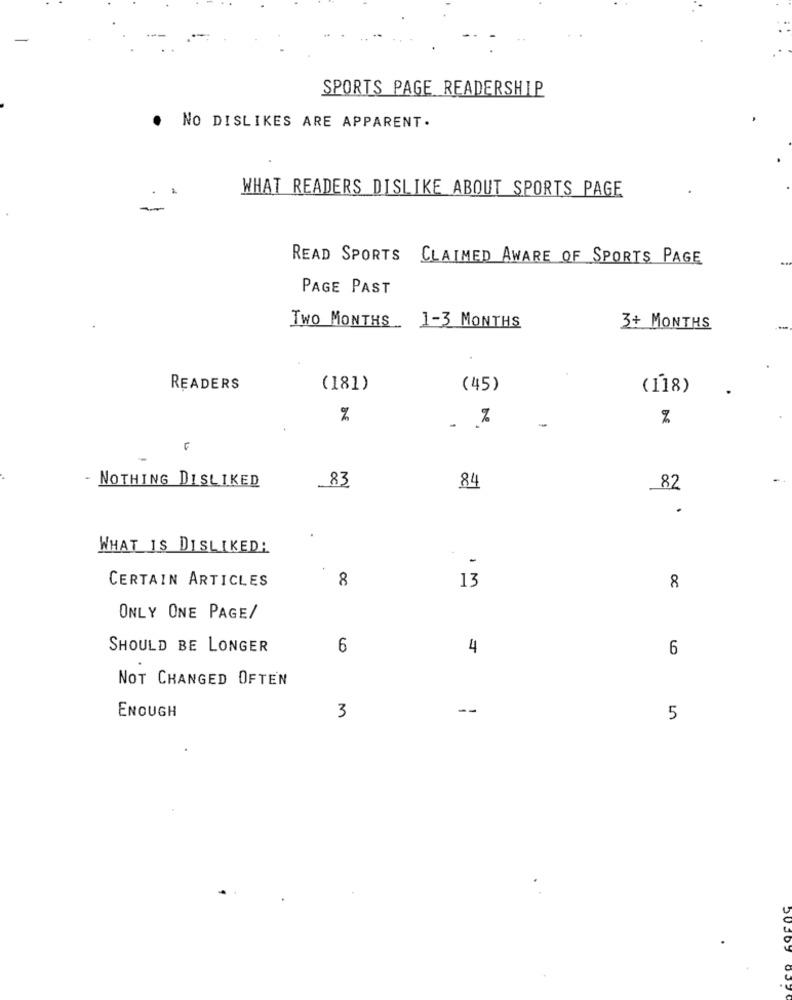
SPORTS PAGE READERSHIP
. NO DISLIKES ARE APPARENT.
WHAT READERS DISLIKE ABOUT SPORTS PAGE
READ SPORTS CLAIMED AWARE OF SPORTS PAGE
PAGE PAST
TWO MONTHS 1-3 MONTHS
3+ MONTHS
READERS
(181)
(45)
(118)
%
NOTHING DISLIKED
83
84
82
.
WHAT IS DISLIKED!
CERTAIN ARTICLES
8
13
8
ONLY ONE PAGE/
SHOULD BE LONGER
6
4
6
NOT CHANGED OFTEN
ENOUGH
3
--
5